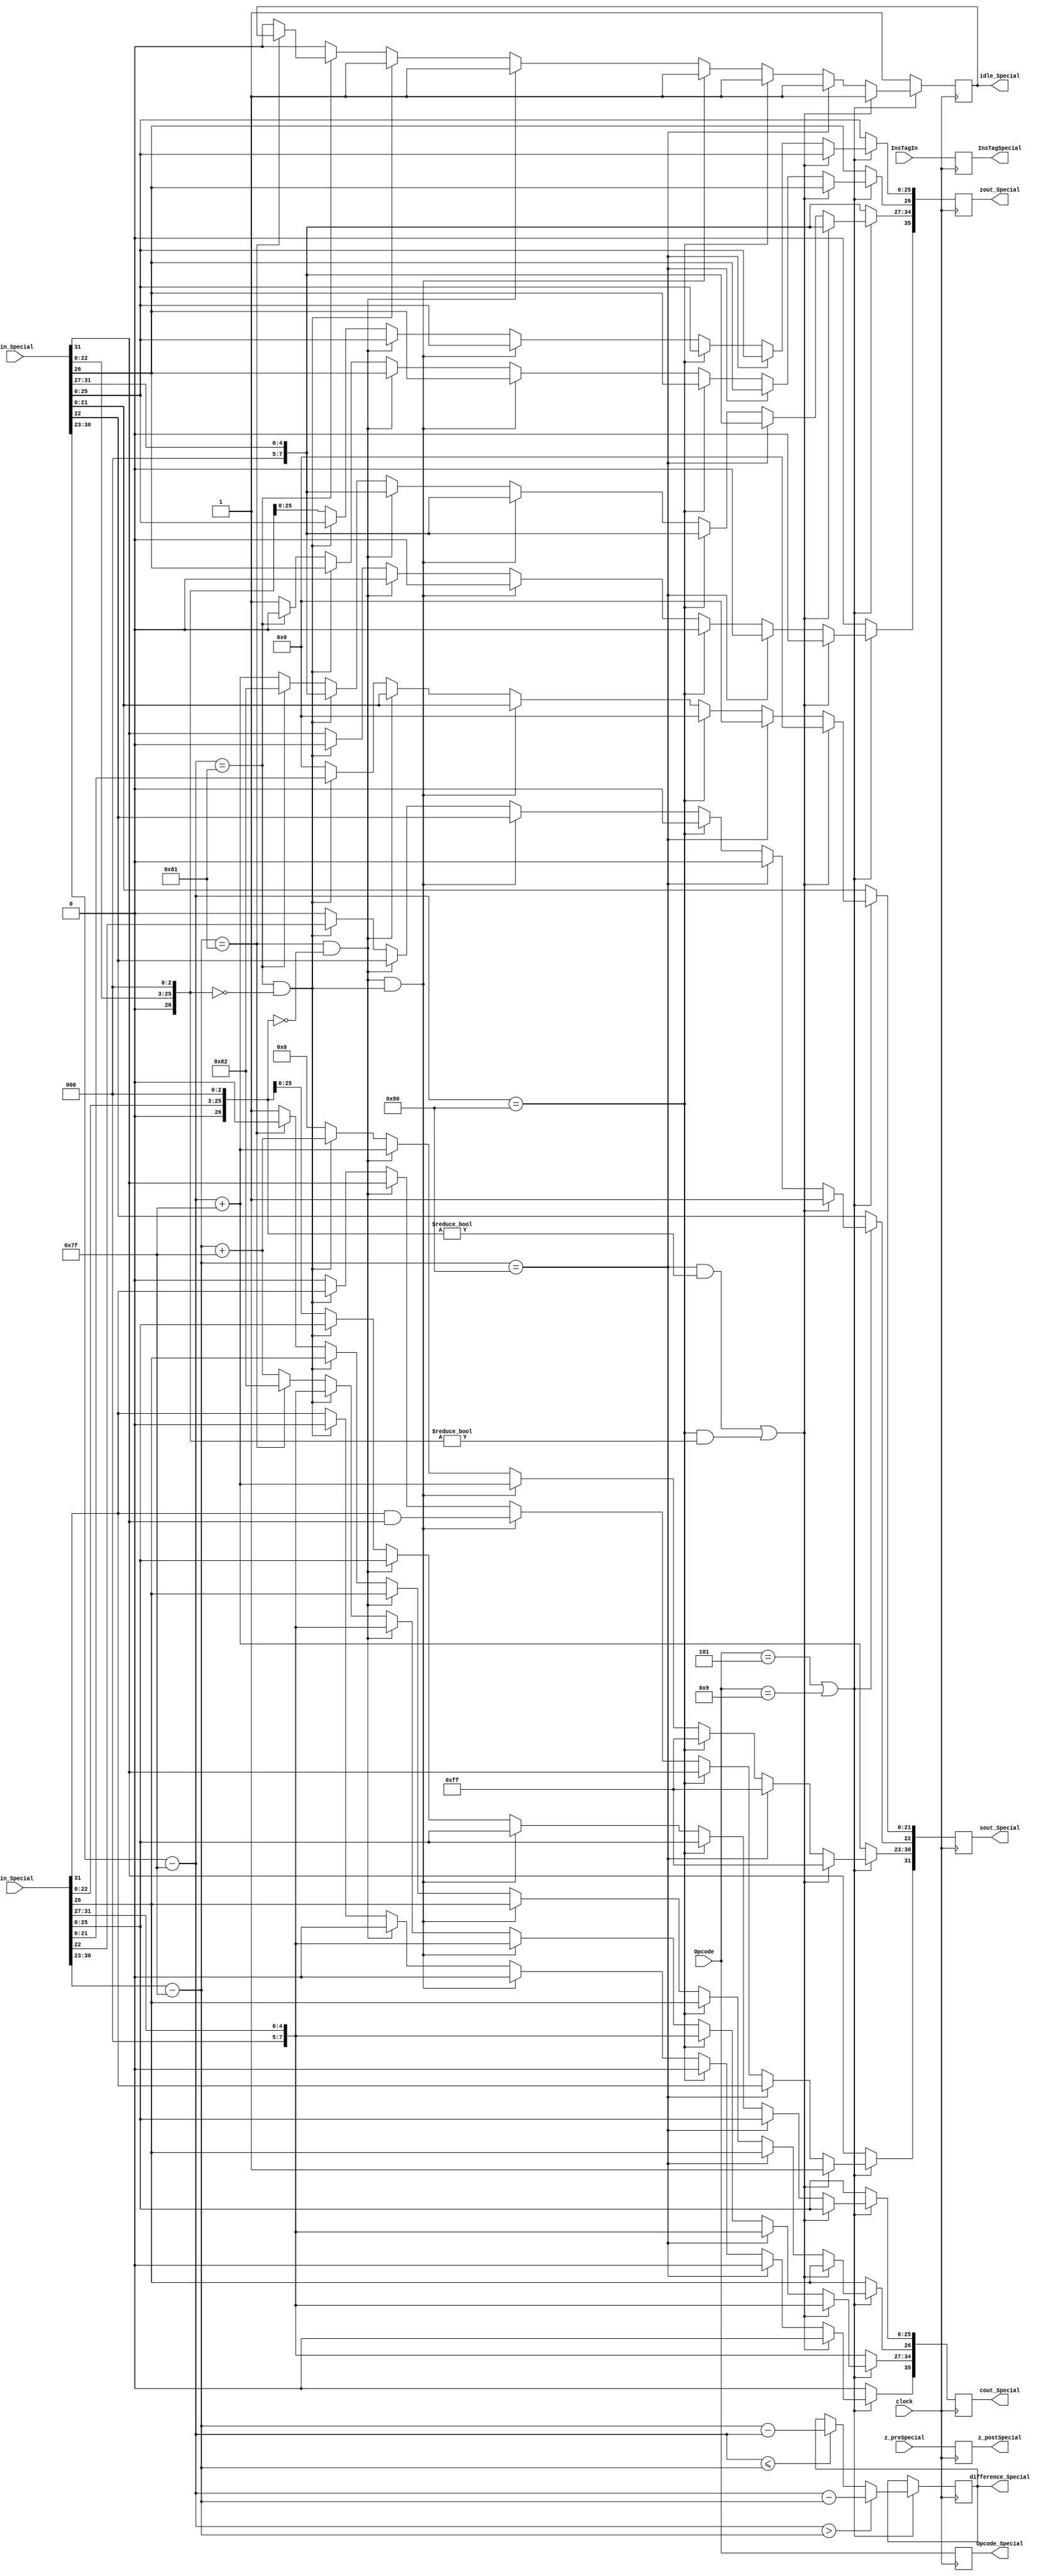
module SpecialAddProcess(
	input [31:0] z_preSpecial,
   input [3:0] Opcode,
	input [31:0] cin_Special,
	input [31:0] zin_Special,
	input [7:0] InsTagIn,
	input clock,
	output reg idle_Special = 1'b0,
	output reg [7:0] difference_Special,
	output reg [35:0] cout_Special,
	output reg [35:0] zout_Special,
	output reg [31:0] sout_Special,
	output reg [3:0] Opcode_Special,
	output reg [31:0] z_postSpecial,
	output reg [7:0] InsTagSpecial
   );
	
wire z_sign;
wire [7:0] z_exponent;
wire [26:0] z_mantissa;

wire c_sign;
wire [7:0] c_exponent;
wire [26:0] c_mantissa;

assign c_sign = cin_Special[31];
assign c_exponent = {cin_Special[30:23] - 127};
assign c_mantissa = {cin_Special[22:0],3'd0};

assign z_sign = {zin_Special[31]};
assign z_exponent = {zin_Special[30:23] - 127};
assign z_mantissa = {zin_Special[22:0],3'd0};

parameter no_idle = 1'b0,
			 put_idle = 1'b1;

parameter sin_cos		= 4'd0,
			 sinh_cosh	= 4'd1,
			 arctan		= 4'd2,
			 arctanh		= 4'd3,
			 exp			= 4'd4,
			 sqr_root   = 4'd5,			// Pre processed input is given 4'd11
												// This requires pre processing. x = (a+1)/2 and y = (a-1)/2
			 division	= 4'd6,
			 tan			= 4'd7,			// This is iterative. sin_cos followed by division.
			 tanh			= 4'd8,			// This is iterative. sinh_cosh followed by division.
			 nat_log		= 4'd9,			// This requires pre processing. x = (a+1) and y = (a-1)
			 hypotenuse = 4'd10,
			 PreProcess = 4'd11;

always @ (posedge clock)
begin
	
	InsTagSpecial <= InsTagIn;
	z_postSpecial <= z_preSpecial;
	Opcode_Special <= Opcode;
	
   if(Opcode == sqr_root || Opcode == nat_log) begin
	
	if ($signed(z_exponent) > $signed(c_exponent)) begin
		difference_Special <= z_exponent - c_exponent;
	end
	else if ($signed(z_exponent) <= $signed(c_exponent)) begin
		difference_Special <= c_exponent - z_exponent;
	end	
	
	// Most of the special cases will never occur except the case where one input is zero.
	// The HCORDIC module will not receive NaN and inf at input stage.
	//if c is NaN or z is NaN return NaN 
   if ((c_exponent == 128 && c_mantissa != 0) || (z_exponent == 128 && z_mantissa != 0)) begin
      sout_Special[31] <= 1;
      sout_Special[30:23] <= 255;
      sout_Special[22] <= 1;
      sout_Special[21:0] <= 0;
		zout_Special <= zin_Special;
		cout_Special <= cin_Special;
		idle_Special <= put_idle;
    //if c is inf return inf
    end else if (c_exponent == 128) begin
      sout_Special[31] <= c_sign;
      sout_Special[30:23] <= 255;
      sout_Special[22:0] <= 0;
		zout_Special <= zin_Special;
		cout_Special <= cin_Special;
		idle_Special <= put_idle;		
    //if z is inf return inf
    end else if (z_exponent == 128) begin
      sout_Special[31] <= z_sign;
      sout_Special[30:23] <= 255;
      sout_Special[22:0] <= 0;
		zout_Special <= zin_Special;
		cout_Special <= cin_Special;
		idle_Special <= put_idle;		
    //if c is zero return z
    end else if ((($signed(c_exponent) == -127) && (c_mantissa == 0)) && (($signed(z_exponent) == -127) && (z_mantissa == 0))) begin
      sout_Special[31] <= c_sign & z_sign;
      sout_Special[30:23] <= z_exponent[7:0] + 127;
      sout_Special[22:0] <= z_mantissa[26:3];
		zout_Special <= zin_Special;
		cout_Special <= cin_Special;
      idle_Special <= put_idle;							
    //if c is zero return z
    end else if (($signed(c_exponent) == -127) && (c_mantissa == 0)) begin
      sout_Special[31] <= z_sign;
      sout_Special[30:23] <= z_exponent[7:0] + 127;
      sout_Special[22:0] <= z_mantissa[26:3];
		zout_Special <= zin_Special;
		cout_Special <= cin_Special;
      idle_Special <= put_idle;								
    //if z is zero return c
    end else if (($signed(z_exponent) == -127) && (z_mantissa == 0)) begin
      sout_Special[31] <= c_sign;
      sout_Special[30:23] <= c_exponent[7:0] + 127;
      sout_Special[22:0] <= c_mantissa[26:3];
		zout_Special <= zin_Special;
		cout_Special <= cin_Special;
      idle_Special <= put_idle;							
    end else begin
		sout_Special <= 0;
      //Denormalised Number
      if ($signed(c_exponent) == -127) begin
         cout_Special[34:27] <= -126;
			cout_Special[35] <= c_sign;
			cout_Special[26:0] <= c_mantissa;
      end else begin
			cout_Special[34:27] <= c_exponent + 127;
			cout_Special[35] <= c_sign;
         cout_Special[26] <= 1;
			cout_Special[25:0] <= c_mantissa[25:0];
			idle_Special <= no_idle;
      end
      //Denormalised Number
      if ($signed(z_exponent) == -127) begin
			zout_Special[35] <= z_sign;
         zout_Special[34:27] <= -126;
			zout_Special[26:0] <= z_mantissa;
      end else begin
			zout_Special[35] <= z_sign;
         zout_Special[34:27] <= z_exponent + 127;
			zout_Special[25:0] <= z_mantissa[25:0];
         zout_Special[26] <= 1;
			idle_Special <= no_idle;
      end
	end
	
   end

   else begin
      sout_Special[31] <= z_sign;
      sout_Special[30:23] <= z_exponent[7:0] + 127;
      sout_Special[22:0] <= z_mantissa[26:3];
		zout_Special <= zin_Special;
		cout_Special <= cin_Special;
      idle_Special <= put_idle;		
	end

end

endmodule